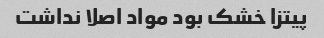
پیتزا خشک بود مواد اصلا نداشت